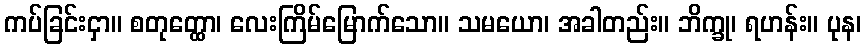
ကပ်ခြင်းငှာ။ စတုတ္ထော၊ လေးကြိမ်မြောက်သော။ သမယော၊ အခါတည်း။ ဘိက္ခု၊ ရဟန်း။ ပုန၊